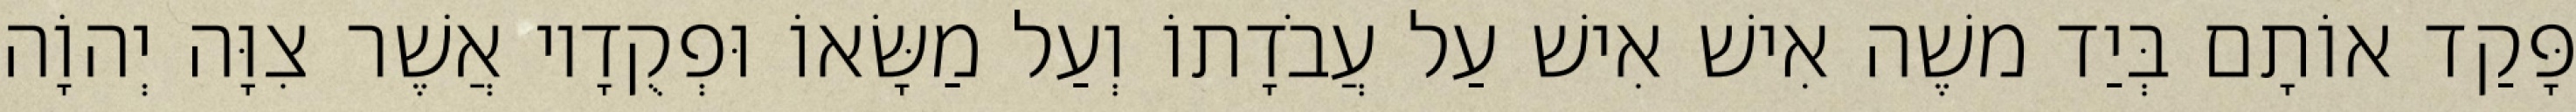
פָּקַד אוֹתָם בְּיַד משֶׁה אִישׁ אִישׁ עַל עֲבֹדָתוֹ וְעַל מַשָּׂאוֹ וּפְקֻדָיו אֲשֶׁר צִוָּה יְהוָֹה